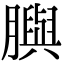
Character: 䑂